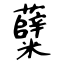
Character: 糵